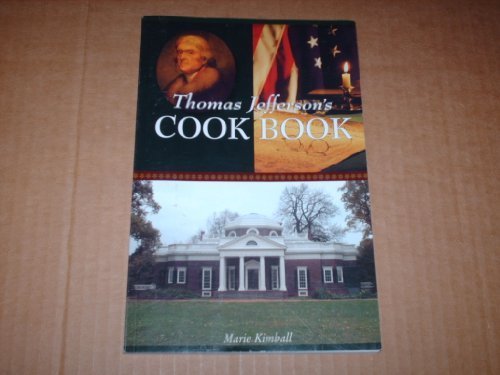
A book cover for Thomas Jefferson's Cook Book; Marie Kimball; Cookbooks, Food & Wine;